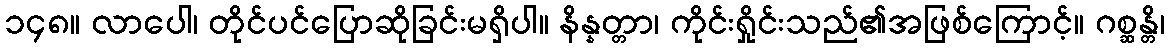
၁၄၈။ လာပေါ၊ တိုင်ပင်ပြောဆိုခြင်းမရှိပါ။ နိန္နတ္တာ၊ ကိုင်းရှိုင်းသည်၏အဖြစ်ကြောင့်။ ဂစ္ဆန္တိ၊